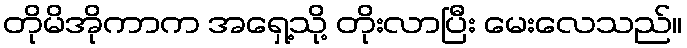
တိုမိအိုကာက အရှေ့သို့ တိုးလာပြီး မေးလေသည်။